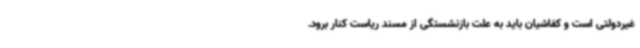
غیردولتی است و کفاشیان باید به علت بازنشستگی از مسند ریاست کنار برود.